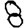
Digit: 8